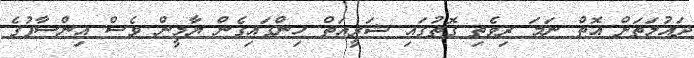
ދައުލަތަށް އޮތް ނަމަ ރިވެތި ގޮތުގައި ޝަރީއަތް ހިންގައިގެން ޔާމީން ވެސް އިންސާފުގެ